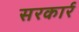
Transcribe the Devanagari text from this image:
सरकार्र